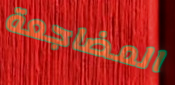
المضاجعة